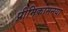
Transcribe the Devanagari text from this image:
प्रीमिकामनया